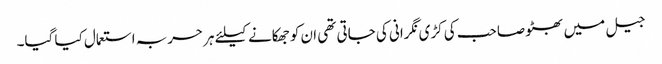
جیل میں بھٹو صاحب کی کڑی نگرانی کی جاتی تھی ان کو جھکانے کیلئے ہر حربہ استعمال کیا گیا۔